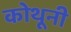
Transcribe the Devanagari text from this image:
कोथूनी